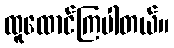
ထူထောင်ကြပါတယ်။